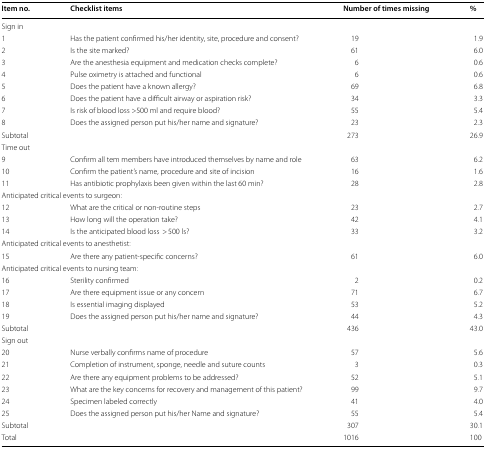
<table><thead><tr><td><b>Item no.</b></td><td><b>Checklist items</b></td><td><b>Number of times missing</b></td><td><b>%</b></td></tr></thead><tbody><tr><td colspan="4">Sign in</td></tr><tr><td>1</td><td>Has the patient confirmed his/her identity, site, procedure and consent?</td><td>19</td><td>1.9</td></tr><tr><td>2</td><td>Is the site marked?</td><td>61</td><td>6.0</td></tr><tr><td>3</td><td>Are the anesthesia equipment and medication checks complete?</td><td>6</td><td>0.6</td></tr><tr><td>4</td><td>Pulse oximetry is attached and functional</td><td>6</td><td>0.6</td></tr><tr><td>5</td><td>Does the patient have a known allergy?</td><td>69</td><td>6.8</td></tr><tr><td>6</td><td>Does the patient have a difficult airway or aspiration risk?</td><td>34</td><td>3.3</td></tr><tr><td>7</td><td>Is risk of blood loss &gt;500 ml and require blood?</td><td>55</td><td>5.4</td></tr><tr><td>8</td><td>Does the assigned person put his/her name and signature?</td><td>23</td><td>2.3</td></tr><tr><td colspan="2">Subtotal</td><td>273</td><td>26.9</td></tr><tr><td colspan="4">Time out</td></tr><tr><td>9</td><td>Confirm all tem members have introduced themselves by name and role</td><td>63</td><td>6.2</td></tr><tr><td>10</td><td>Confirm the patient’s name, procedure and site of incision</td><td>16</td><td>1.6</td></tr><tr><td>11</td><td>Has antibiotic prophylaxis been given within the last 60 min?</td><td>28</td><td>2.8</td></tr><tr><td colspan="4">Anticipated critical events to surgeon:</td></tr><tr><td>12</td><td>What are the critical or non-routine steps</td><td>23</td><td>2.7</td></tr><tr><td>13</td><td>How long will the operation take?</td><td>42</td><td>4.1</td></tr><tr><td>14</td><td>Is the anticipated blood loss&gt; 500 ls?</td><td>33</td><td>3.2</td></tr><tr><td colspan="4">Anticipated critical events to anesthetist:</td></tr><tr><td>15</td><td>Are there any patient-specific concerns?</td><td>61</td><td>6.0</td></tr><tr><td colspan="4">Anticipated critical events to nursing team:</td></tr><tr><td>16</td><td>Sterility confirmed</td><td>2</td><td>0.2</td></tr><tr><td>17</td><td>Are there equipment issue or any concern</td><td>71</td><td>6.7</td></tr><tr><td>18</td><td>Is essential imaging displayed</td><td>53</td><td>5.2</td></tr><tr><td>19</td><td>Does the assigned person put his/her name and signature?</td><td>44</td><td>4.3</td></tr><tr><td colspan="2">Subtotal</td><td>436</td><td>43.0</td></tr><tr><td colspan="4">Sign out</td></tr><tr><td>20</td><td>Nurse verbally confirms name of procedure</td><td>57</td><td>5.6</td></tr><tr><td>21</td><td>Completion of instrument, sponge, needle and suture counts</td><td>3</td><td>0.3</td></tr><tr><td>22</td><td>Are there any equipment problems to be addressed?</td><td>52</td><td>5.1</td></tr><tr><td>23</td><td>What are the key concerns for recovery and management of this patient?</td><td>99</td><td>9.7</td></tr><tr><td>24</td><td>Specimen labeled correctly</td><td>41</td><td>4.0</td></tr><tr><td>25</td><td>Does the assigned person put his/her Name and signature?</td><td>55</td><td>5.4</td></tr><tr><td colspan="2">Subtotal</td><td>307</td><td>30.1</td></tr><tr><td colspan="2">Total</td><td>1016</td><td>100</td></tr></tbody></table>